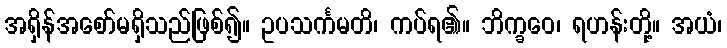
အရှိန်အစော်မရှိသည်ဖြစ်၍။ ဥပသင်္ကမတိ၊ ကပ်ရ၏။ ဘိက္ခဝေ၊ ရဟန်းတို့။ အယံ၊